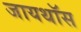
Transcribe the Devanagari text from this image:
जायथॉस